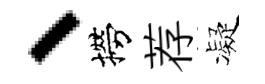
、撈荐凝